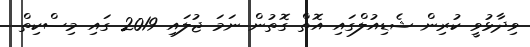
ވިދާޅުވީ ކުރިން ޝެޑިއުލްގައި އޮތް ގޮތުން ނަމަ ޖުލައި 2019 ގައި މިސްކިތް